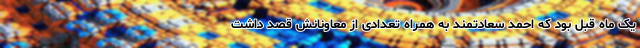
یک ماه قبل بود که احمد سعادتمند به همراه تعدادی از معاونانش قصد داشت